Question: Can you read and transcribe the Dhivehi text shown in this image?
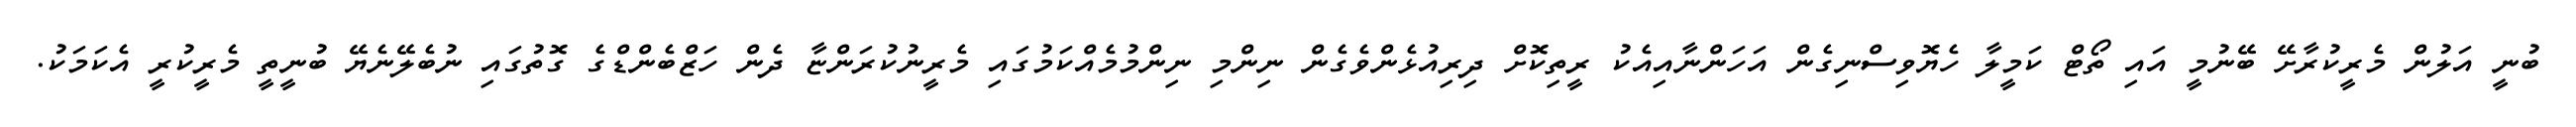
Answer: ބުނީ އަލުން މެރީކުރާށޭ ބޭނުމީ އައި ތޯޓް ކަމީލާ ހެޔޮވިސްނިގެން އަހަންނާއިއެކު ރީތިކޮށް ދިރިއުޅެންވެގެން ނިންމި ނިންމުމެއްކަމުގައި މެރީނުކުރަންޏާ ދެން ހަޒްބެންޑްގެ ގޮތުގައި ނުބެލޭނެޔޭ ބުނީތީ މެރީކުރީ އެކަމަކު.